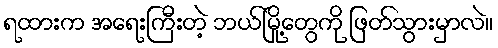
ရထားက အရေးကြီးတဲ့ ဘယ်မြို့တွေကို ဖြတ်သွားမှာလဲ။